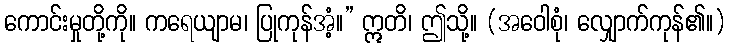
ကောင်းမှုတို့ကို။ ကရေယျာမ၊ ပြုကုန်အံ့။” ဣတိ၊ ဤသို့။ (အဝေါစုံ၊ လျှောက်ကုန်၏။)